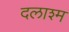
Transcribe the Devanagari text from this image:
दलाश्म